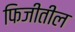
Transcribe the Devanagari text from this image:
फिजीतील